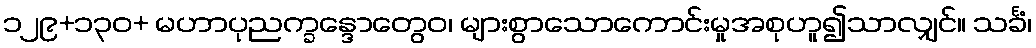
၁၂၉+၁၃၀+ မဟာပုညက္ခန္ဒောတွေဝ၊ များစွာသောကောင်းမှုအစုဟူ၍သာလျှင်။ သင်္ခံ၊